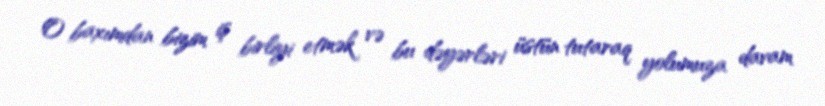
O baxımdan bizim iş birliyi etmək və bu dəyərləri üstün tutaraq yolumuza davam